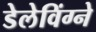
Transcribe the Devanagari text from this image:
डेलेविंग्ने